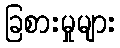
ခြစားမှုများ